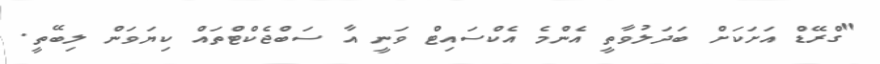
"ގްރޭޑް އަށަކަށް ބަދަލުވާތީ އެންމެ އެކްސައިޓް ވަނީ އާ ސަބްޖެކްޓްތައް ކިޔަވަން ލިބޭތީ.